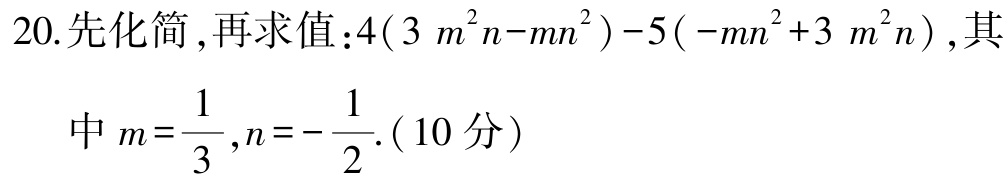
20. 先化简，再求值：\(4(3m^{2}n - mn^{2}) - 5(-mn^{2} + 3m^{2}n)\)，其
   中\(m = \dfrac{1}{3},n = -\dfrac{1}{2}\).（10分）